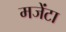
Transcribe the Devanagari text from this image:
मजेंटा